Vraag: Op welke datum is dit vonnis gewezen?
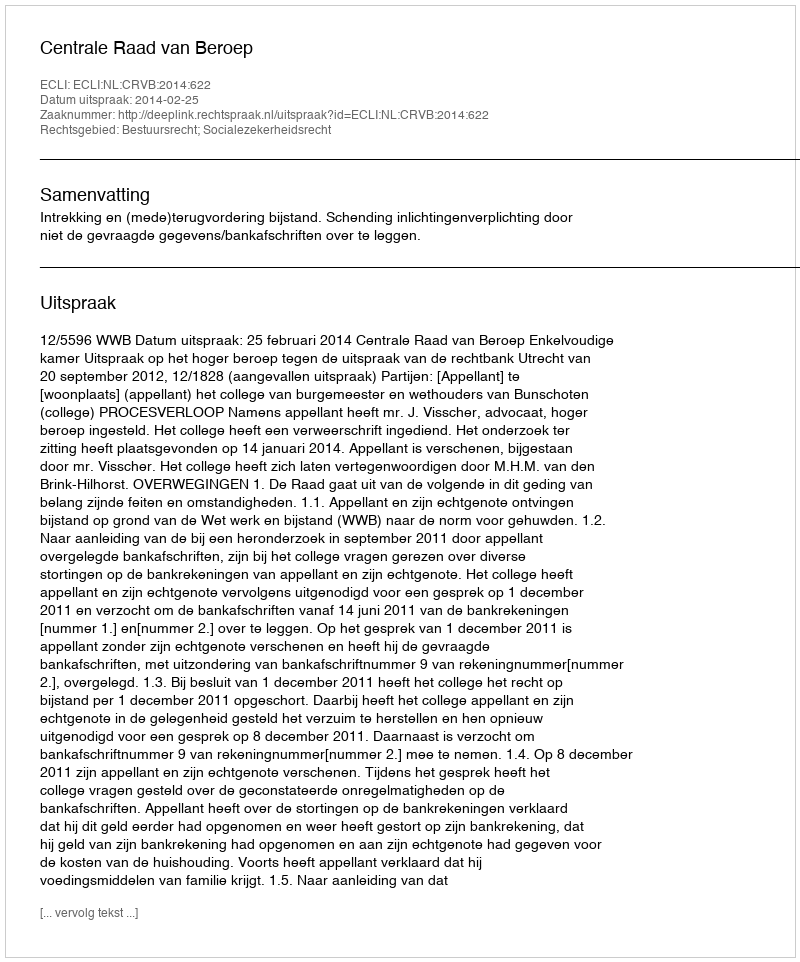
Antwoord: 2014-02-25